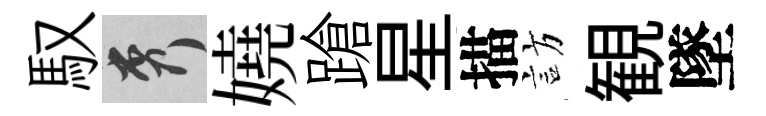
馭秀嬈蹌星描訪観墜